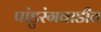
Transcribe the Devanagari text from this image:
पांडुरंगवाडीत